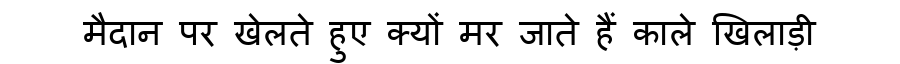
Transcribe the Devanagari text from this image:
मैदान पर खेलते हुए क्यों मर जाते हैं काले खिलाड़ी